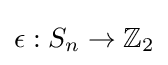
\epsilon :S_{n}\to \mathbb {Z} _{2}